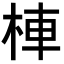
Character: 𣒞